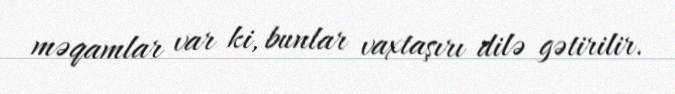
məqamlar var ki, bunlar vaxtaşırı dilə gətirilir.